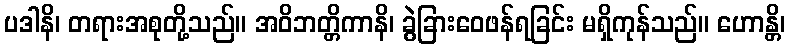
ပဒါနိ၊ တရားအစုတို့သည်။ အဝိဘတ္တိကာနိ၊ ခွဲခြားဝေဖန်ရခြင်း မရှိကုန်သည်။ ဟောန္တိ၊